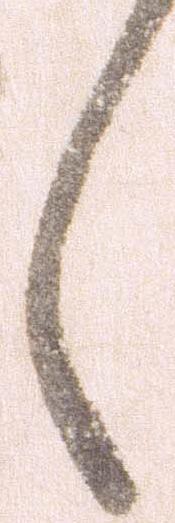
々